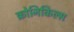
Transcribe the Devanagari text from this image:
क्रोनिकिल्स